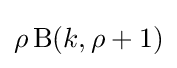
\rho \operatorname {B} (k,\rho +1)